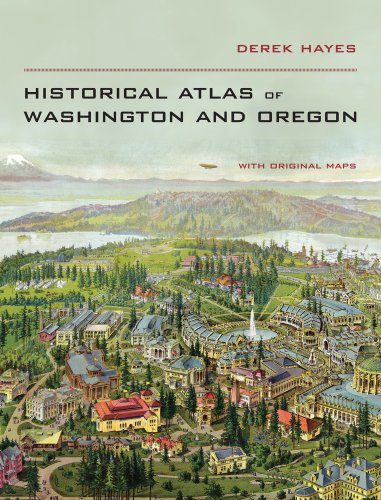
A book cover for Historical Atlas of Washington and Oregon; Derek Hayes; History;